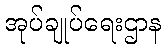
အုပ်ချုပ်ရေးဌာန